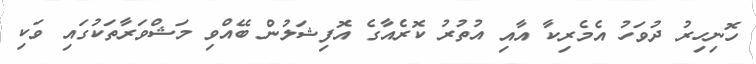
ހޮނިހިރު ދުވަހު އެމެރިކާ އާއި އުތުރު ކޮރެއާގެ އޮފިޝަލުން ބޭއްވި މަޝްވަރާތަކުގައި ވަކި